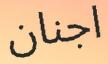
اجنان